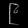
Digit: ၉